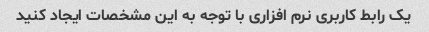
یک رابط کاربری نرم افزاری با توجه به این مشخصات ایجاد کنید